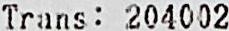
TRANS : 204002